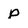
Character: p